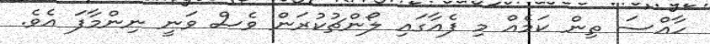
ހާއްސަ ތިން ކަމެއް މި ފެއާގައި ލޯންޗުކުރަން ވެސް ވަނީ ނިންމާފަ އެވެ.